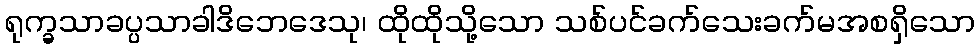
ရုက္ခသာခပ္ပသာခါဒိဘေဒေသု၊ ထိုထိုသို့သော သစ်ပင်ခက်သေးခက်မအစရှိသော